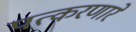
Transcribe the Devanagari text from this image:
पत्करणारे